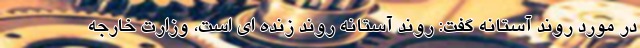
در مورد روند آستانه گفت: روند آستانه روند زنده ای است، وزارت خارجه